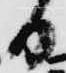
日